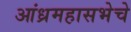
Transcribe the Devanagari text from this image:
आंध्रमहासभेचे